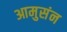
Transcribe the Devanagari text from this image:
आमुसंन